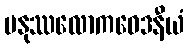
မနုဿလောကဝေဒနီယံ